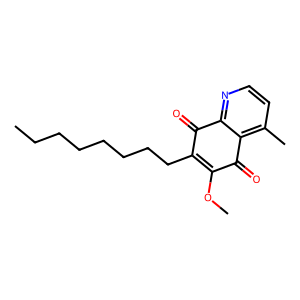
SMILES: CCCCCCCCC1=C(OC)C(=O)c2c(C)ccnc2C1=O
Inhibits HIV replication: No